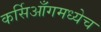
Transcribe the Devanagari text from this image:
कर्सिआँगमध्येच